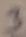
Text: 3